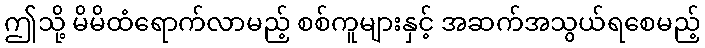
ဤသို့ မိမိထံရောက်လာမည့် စစ်ကူများနှင့် အဆက်အသွယ်ရစေမည့်